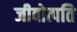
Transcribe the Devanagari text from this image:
जीवोत्पति